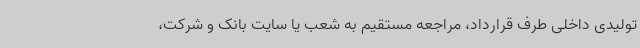
تولیدی داخلی طرف قرارداد، مراجعه مستقیم به شعب یا سایت بانک و شرکت،